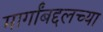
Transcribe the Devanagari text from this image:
मार्गांबद्दलच्या